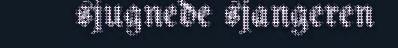
sjugnede sjangeren